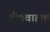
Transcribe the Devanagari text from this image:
दीपवाहक